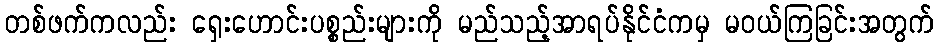
တစ်ဖက်ကလည်း ရှေးဟောင်းပစ္စည်းများကို မည်သည့်အာရပ်နိုင်ငံကမှ မဝယ်ကြခြင်းအတွက်